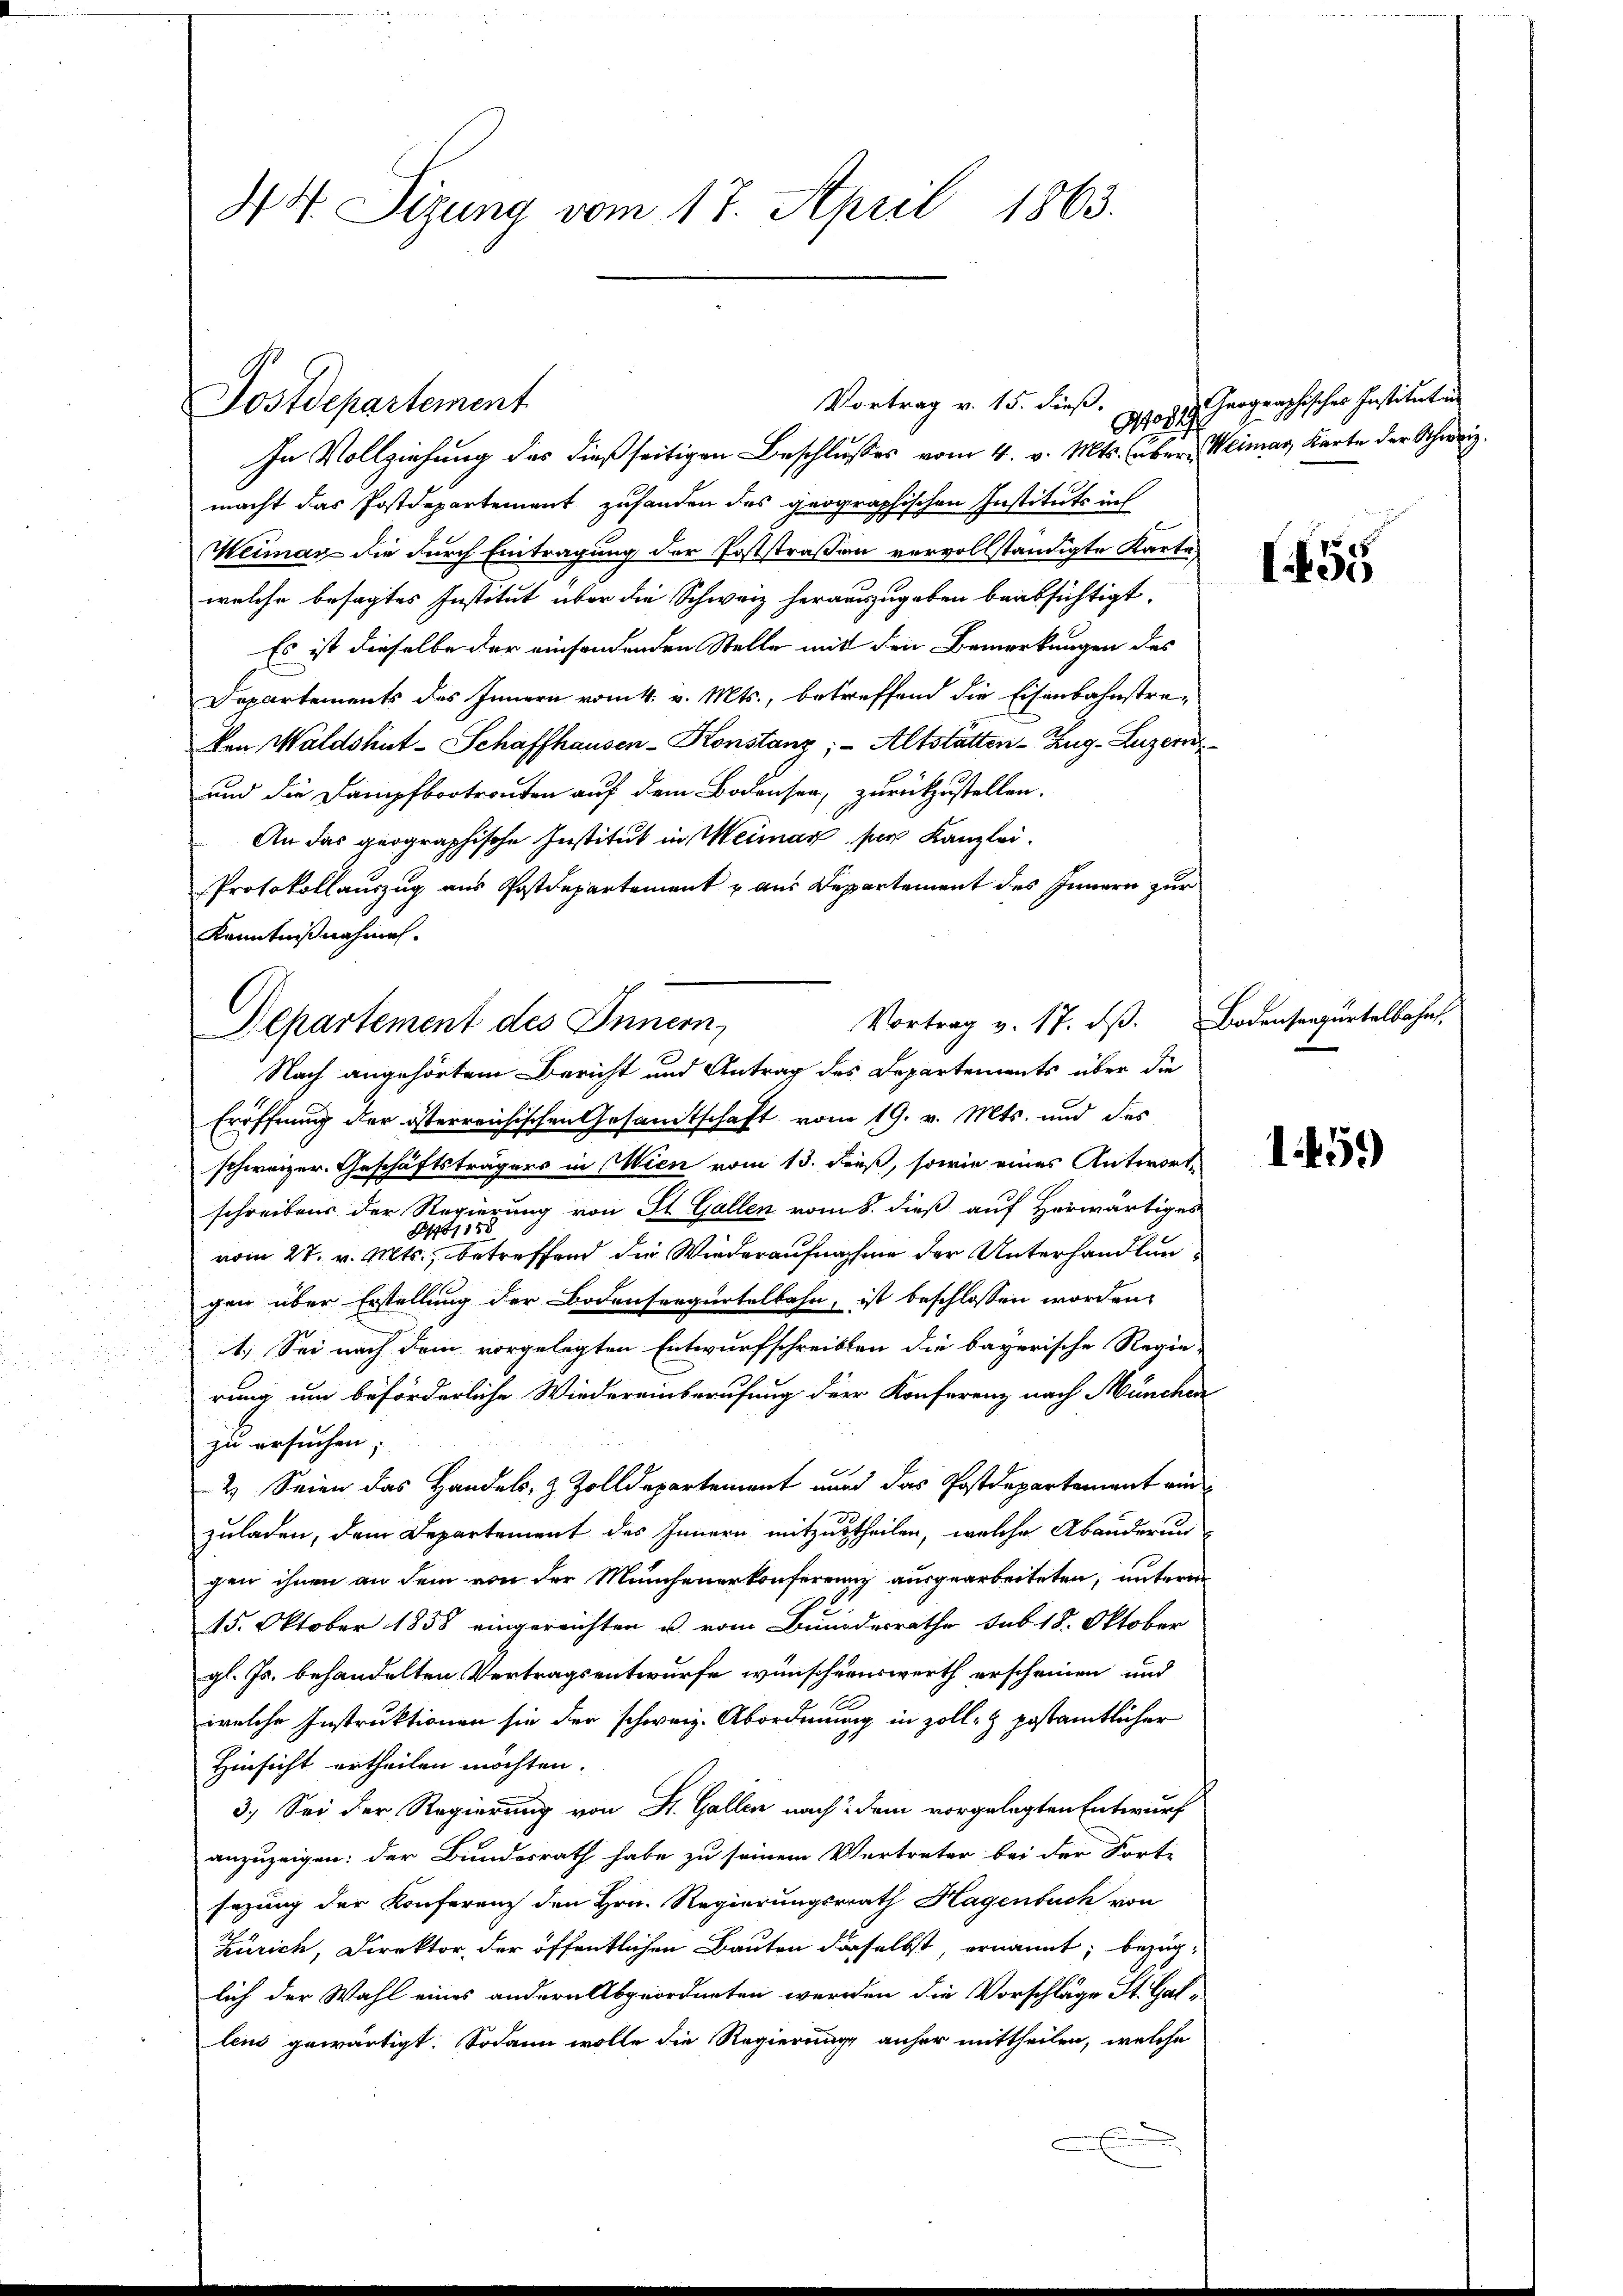
44. Sizung vom 17. April 1863.

Postdepartement

Vortrag v. 15. dieß.

In Vollziehung des dießseitigen Beschlusses vom 4. v. Mts. über Weimar, Karte der Schweiz.
macht das Postdepartement zufanden des geographischen Instituts ins
Weimar die durch Eintragung der Poststraßen vervollständigte Karte
welche besagtes Institut über die Schweiz herauszugeben beabsichtigt.
Es ist dieselbe der einsendenden Stelle mit den Bemerkungen des
Departements des Innern vom 4. v. Mts., betreffend die Eisenbahnstre-
Von Waldshut-Schaffhausen-Konstanz; - Altstätten-Zug–Luzern
und die Dampfbootrauten auf dem Bodensen, zurückzustellen.
An das geographische Institut in Meimar, ser Kanzlei.
Protokollauszug aus Postdepartement u aus Departement des Innern zur
Eröffnung der österreichischen Gesandtschaft vom 19. v. Mts. und des
schweizer. Geschäftsträgers in Wien vom 13. dieß, sowie eines Antwortschreibens der Regierung von St. Gallen vom 8. dieß auf Herwärtiges
1158
vom 27. v. Mts., betreffend die Wiederaufnahme der Unterhandlun
gen über Erstellung der Bodenseequrtelbahn, ist beschlossen worden,
1.) Sei nach dem vorgelegten Entwurfschreiben die bayerische Regie-
rung um beförderliche Wiedereinberufung der Konferenz nach München
zu ersuchen;
2) Seien das Handels- & Zolldepartement nund das Postdepartement ein
zuladen, dem Departement des Innern mitzutheilen, welche Abänderung
gen ihnen an dem von der Münchenerkonferenz ausgearbeiteten, untere
15. Oktober 1858 eingereichten u. vom Bundesrathe sub. 18. Oktober
gl. Js. behandelten Vertragsentwurfe wünschenswerth erscheinen und
welche Instruktionen sie der schweiz. Abordnung in zoll- & postamtlicher
Hinsicht ertheilen möchten.
3.) Sei der Regierung von St. Gallen nach dem vorgelegten Entwurf
anzuzeigen: der Bundesrath habe zu seinem Vertreter bei der Fort-
sezung der Konferenz den Hrn. Regierungsrath Hagenbuch von
Zürich, Direktor, der öffentlichen Bauten daselbst, ernannt; bezuglich der Wahl eines andere Abgeordneten werden die Vorschläge St. Galleus gewärtigt. Sodann wolle die Regierung anher mittheilen, welche

Kenntnißnahmen.
Vortrag v. 17. ds. Bodenseegurtelbahnt.
Departement des Innern,
Nach angehörtem Bericht und Antrag des Departements über die

osch hergerichischen Instituten

I55

1459